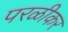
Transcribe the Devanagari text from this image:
परळीकर